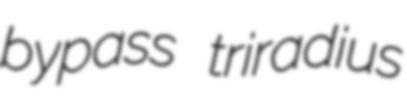
bypass triradius